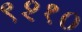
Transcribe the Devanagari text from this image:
९२१०